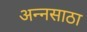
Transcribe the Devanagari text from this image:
अन्नसाठा